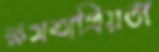
ক্ষমতাপ্রিয়তা